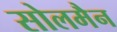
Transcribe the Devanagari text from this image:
सोलमैन